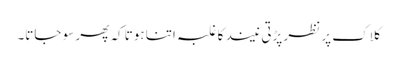
کلاک پر نظر پڑتی نیند کا غلبہ اتنا ہوتا کہ پھر سو جاتا۔